Report on the bubonic plague in Bombay, 1896-1897
Year: 1896
Disease focus: Plague
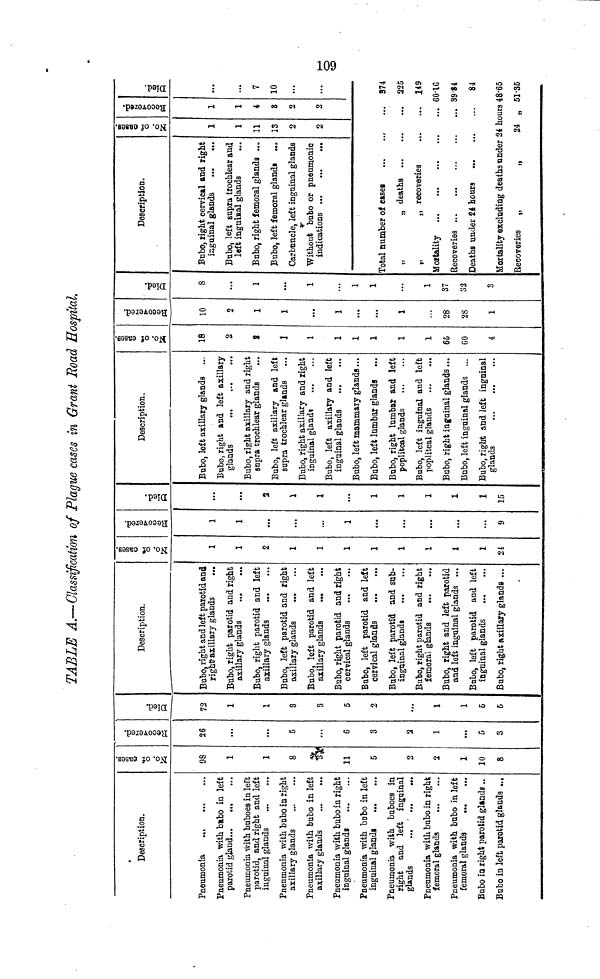
TABLE A.—Classification of Plague cases in Grant Road Hospital.
Description.
Pneumonia
...
...
...
Pneumonia with bubo in left
parotid gland...
...
...
Pneumonia with buboes in left
parotid, and right and left
inguinal glands
...
...
Pneumonia with bnbo in right
axillary glands
...
...
Pneumonia with bubo in left
axillary glands
...
...
Pneumonia with bubo in right
inguinal
glands...
...
Pneumonia with bobo in left
inguinal glands
...
...
Pneumonia with buboes in
right and left inguinal
glands
...
...
...
Pneumonia with bubo in right
femoral glands
...
...
Pneumonia with bubo in left
femoral glands ...
Bubo in right parotid glands..
Bubo in left parotid glands ...
No. of. cases.
98
1
1
8
3
11
6
2
2
1
10
8
Recovered
26
...
...
5
...
6
3
2
1
...
5
3
Dled.
72
1
1
8
3
5
2
...
1
1
5
6
Description.
Bubo, right and left parotid and
right axillary glands ...
Bubo, right parotid and right
axillary glands
....
...
Bubo, right parotid and left
axillary glands
...
...
Bubo, left parotid and right
axillary glands
...
...
Bubo, left parotid and left
axillary glands
...
...
Bubo, right parotid and right
cervical glands
...
...
Bubo, left parotid and left
cervical glands
...
...
Bubo, left parotid and sub-
inguinal glands
...
...
Bubo, right parotid and right
femoral glands
...
...
Bubo, right and left parotid
and left inguinal glands ...
Bubo, left parotid and left
inguinal glands
...
...
Bubo, right axillary glands ...
No. of cases.
1
1
2
1
1
1
1
1
1
1
1
24
Recovered
1
1
tea
...
1
...
...
...
...
...
9
Dl ed
•......
...
2
1
1
...
1
1
1
1
1
15
Description.
Bubo, left axillary glands ...
Bubo, right and left axillary
glands
...
...
...
Bubo, right axillary and right
supra trochlear glands ...
Bubo, left axillary and left
supra trochlear glands ...
Bubo, right axillary and right
inguinal glands
...
...
Bubo, left axillary and left
inguinal
glands...
...
Bubo, left mammary glands...
Bubo, left lumbar glands
...
Bubo, right lumbar and left
popliteal glands
...
...
Bubo, left inguinal and left
popliteal glands
...
...
Bubo, right inguinal glands...
Bubo, left inguinal glands ...
Bubo, right and left inguinal
glands
...
...
...
No. of cases
18
2
1
1
1
1
1
1
1
65
60
4
RecoveredI
10
9
1
1
...
1
...
...
1
...
28
28
1
Dled
8
...
1
...
1
...
1
1
...
1
37
32
3
Description.
Bubo, right cervical and right
inguinal glands
...
...
Bubo, left supra trochlear and
left inguinal glands
...
Bubo, right femoral glands ...
Bubo, left femoral glands ...
Carbuncle, left inguinal glands...
Without bubo or pneumonic
indications...
....
....
Total number of cases ...
„
„
deaths
...
„
„ recoveries
Mortality ... ... ...
Recoveries ... ... ...
Deaths under 24 hours
...
No. of cases
1
13
2
2
...
...
...
...
...
...
Recovered
1
1
4
2
2
...
...
...
...
...
...
Mortality excluding deaths under 24 hours
Recoveries
„
„
24 "
Dled.
...
...
7
10
...
...
574
225
149
60.16
89.84
84
48.65
51.35